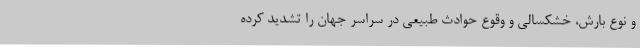
و نوع بارش، خشکسالی و وقوع حوادث طبیعی در سراسر جهان را تشدید کرده